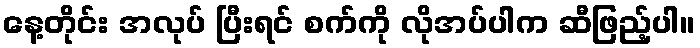
နေ့တိုင်း အလုပ် ပြီးရင် စက်ကို လိုအပ်ပါက ဆီဖြည့်ပါ။